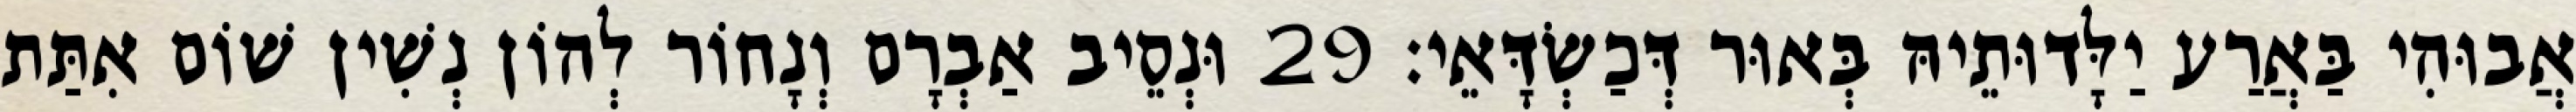
אֲבוּהִי בַּאֲרַע יַלָּדוּתֵיהּ בְּאוּר דְּכַשְׂדָּאֵי׃ 29 וּנְסֵיב אַבְרָם וְנָחוֹר לְהוֹן נְשִׁין שׁוֹם אִתַּת